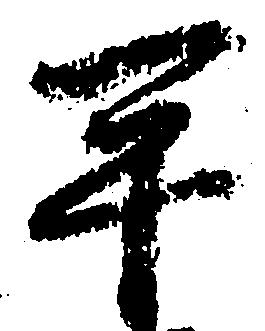
平